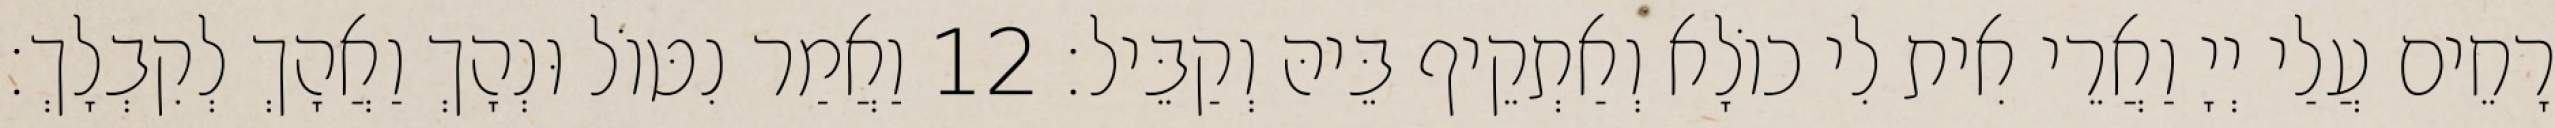
רָחֵים עֲלַי יְיָ וַאֲרֵי אִית לִי כוֹלָא וְאַתְקֵיף בֵּיהּ וְקַבֵּיל׃ 12 וַאֲמַר נִטּוֹל וּנְהָךְ וַאֲהָךְ לְקִבְלָךְ׃